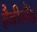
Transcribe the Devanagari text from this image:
हैवीलैंड